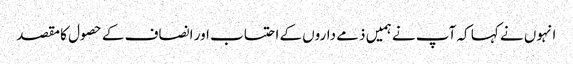
انہوں نے کہا کہ آپ نے ہمیں ذمے داروں کے احتساب اور انصاف کے حصول کا مقصد